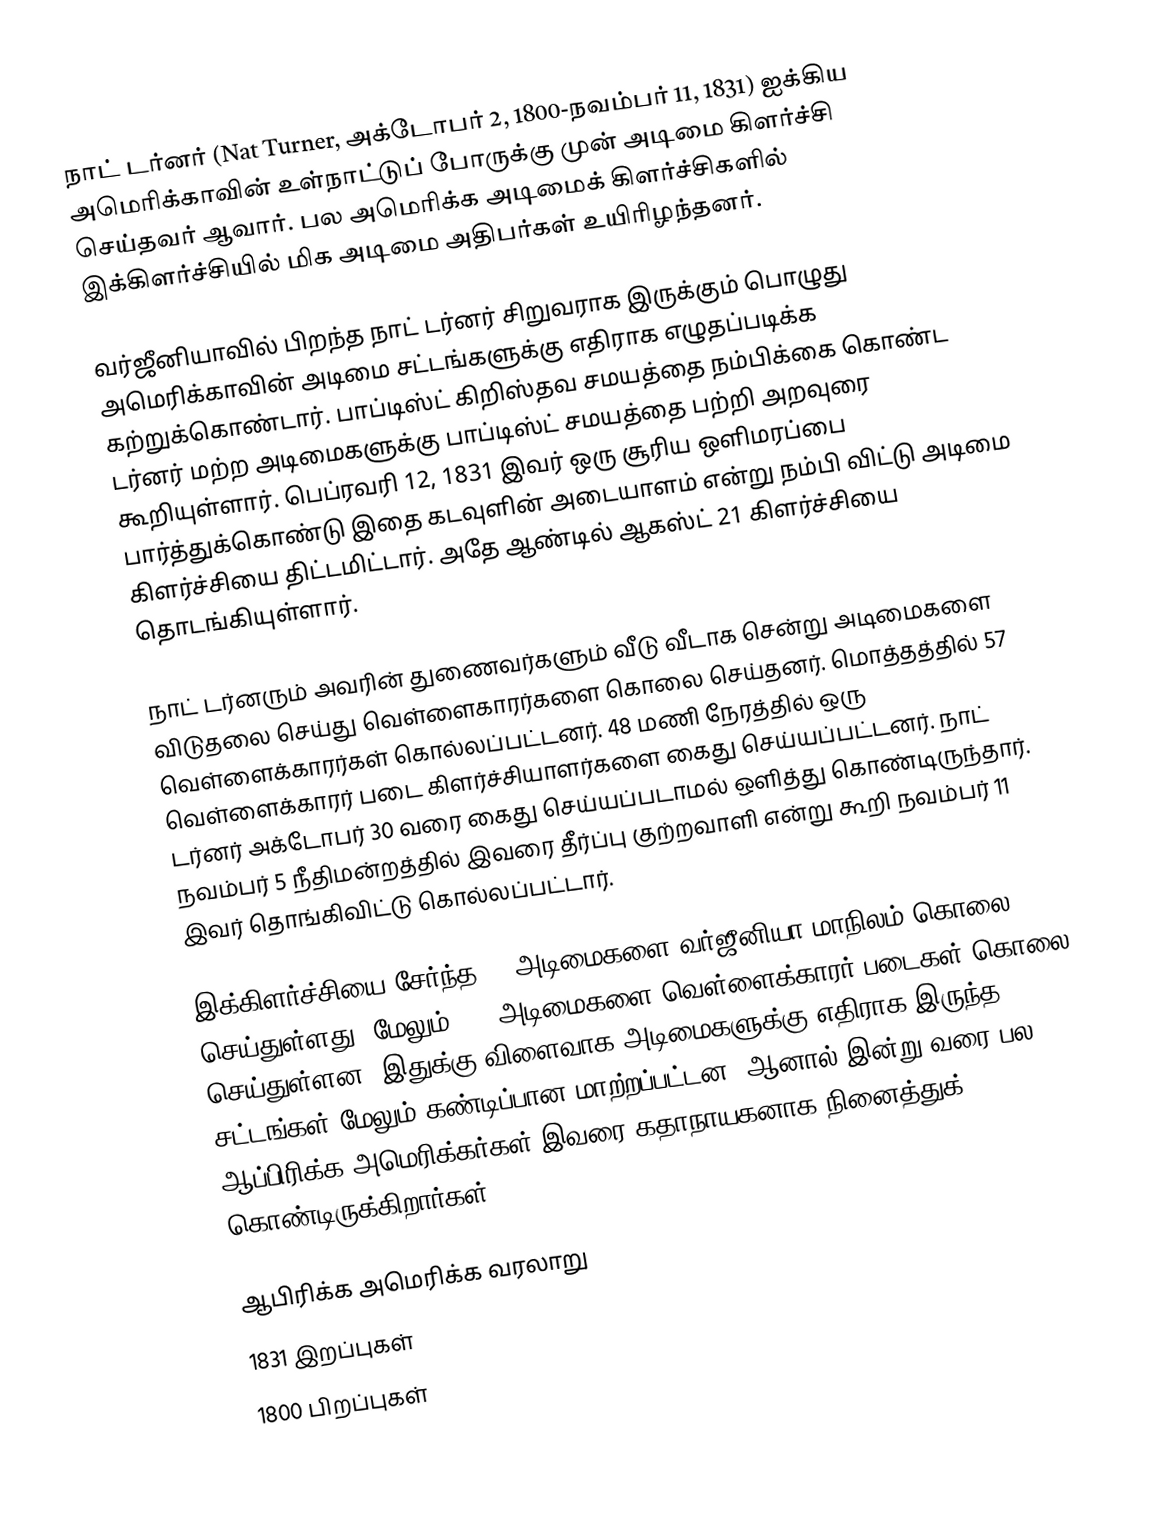
நாட் டர்னர் (Nat Turner, அக்டோபர் 2, 1800-நவம்பர் 11, 1831) ஐக்கிய அமெரிக்காவின் உள்நாட்டுப் போருக்கு முன் அடிமை கிளர்ச்சி செய்தவர் ஆவார். பல அமெரிக்க அடிமைக் கிளர்ச்சிகளில் இக்கிளர்ச்சியில் மிக அடிமை அதிபர்கள் உயிரிழந்தனர்.

வர்ஜீனியாவில் பிறந்த நாட் டர்னர் சிறுவராக இருக்கும் பொழுது அமெரிக்காவின் அடிமை சட்டங்களுக்கு எதிராக எழுதப்படிக்க கற்றுக்கொண்டார். பாப்டிஸ்ட் கிறிஸ்தவ சமயத்தை நம்பிக்கை கொண்ட டர்னர் மற்ற அடிமைகளுக்கு பாப்டிஸ்ட் சமயத்தை பற்றி அறவுரை கூறியுள்ளார். பெப்ரவரி 12, 1831 இவர் ஒரு சூரிய ஒளிமரப்பை பார்த்துக்கொண்டு இதை கடவுளின் அடையாளம் என்று நம்பி விட்டு அடிமை கிளர்ச்சியை திட்டமிட்டார். அதே ஆண்டில் ஆகஸ்ட் 21 கிளர்ச்சியை தொடங்கியுள்ளார்.

நாட் டர்னரும் அவரின் துணைவர்களும் வீடு வீடாக சென்று அடிமைகளை விடுதலை செய்து வெள்ளைகாரர்களை கொலை செய்தனர். மொத்தத்தில் 57 வெள்ளைக்காரர்கள் கொல்லப்பட்டனர். 48 மணி நேரத்தில் ஒரு வெள்ளைக்காரர் படை கிளர்ச்சியாளர்களை கைது செய்யப்பட்டனர். நாட் டர்னர் அக்டோபர் 30 வரை கைது செய்யப்படாமல் ஒளித்து கொண்டிருந்தார். நவம்பர் 5 நீதிமன்றத்தில் இவரை தீர்ப்பு குற்றவாளி என்று கூறி நவம்பர் 11 இவர் தொங்கிவிட்டு கொல்லப்பட்டார்.

இக்கிளர்ச்சியை சேர்ந்த 55 அடிமைகளை வர்ஜீனியா மாநிலம் கொலை செய்துள்ளது. மேலும் 200 அடிமைகளை வெள்ளைக்காரர் படைகள் கொலை செய்துள்ளன. இதுக்கு விளைவாக அடிமைகளுக்கு எதிராக இருந்த சட்டங்கள் மேலும் கண்டிப்பான மாற்றப்பட்டன. ஆனால் இன்று வரை பல ஆப்பிரிக்க அமெரிக்கர்கள் இவரை கதாநாயகனாக நினைத்துக் கொண்டிருக்கிறார்கள்.

ஆபிரிக்க அமெரிக்க வரலாறு
1831 இறப்புகள்
1800 பிறப்புகள்